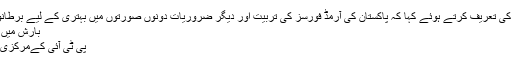
انہوں نے برطانوی کردار کی تعریف کرتے ہوئے کہا کہ پاکستان کی آرمڈ فورسز کی تربیت اور دیگر ضروریات دونوں صورتوں میں بہتری کے لیے برطانوی فوج نے مدد کی ہے :-
بارش میں بھیگنے کے انوکھے فوائد
پی ٹی آئی کےمرکزی نائب صدر کو ہارٹ اٹیک